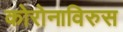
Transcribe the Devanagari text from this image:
कोरोनाविरुस